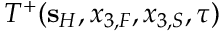
T ^ { + } ( { \bf s } _ { H } , x _ { 3 , F } , x _ { 3 , S } , \tau )